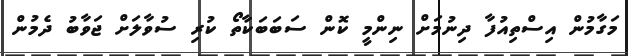
މަގާމުން އިސްތިއުފާ ދިނުމަށް ނިންމީ ކޮން ސަބަބަކާތޯ ކުރި ސުވާލަށް ޖަވާބު ދެމުން